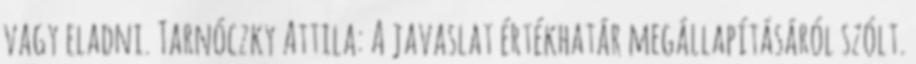
vagy eladni. Tarnóczky Attila: A javaslat értékhatár megállapításáról szólt.